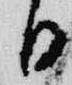
日